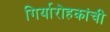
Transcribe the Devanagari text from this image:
गिर्यारोहकांची